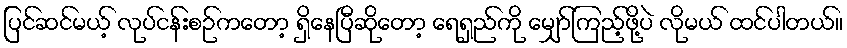
ပြင်ဆင်မယ့် လုပ်ငန်းစဉ်ကတော့ ရှိနေပြီဆိုတော့ ရေရှည်ကို မျှော်ကြည့်ဖို့ပဲ လိုမယ် ထင်ပါတယ်။